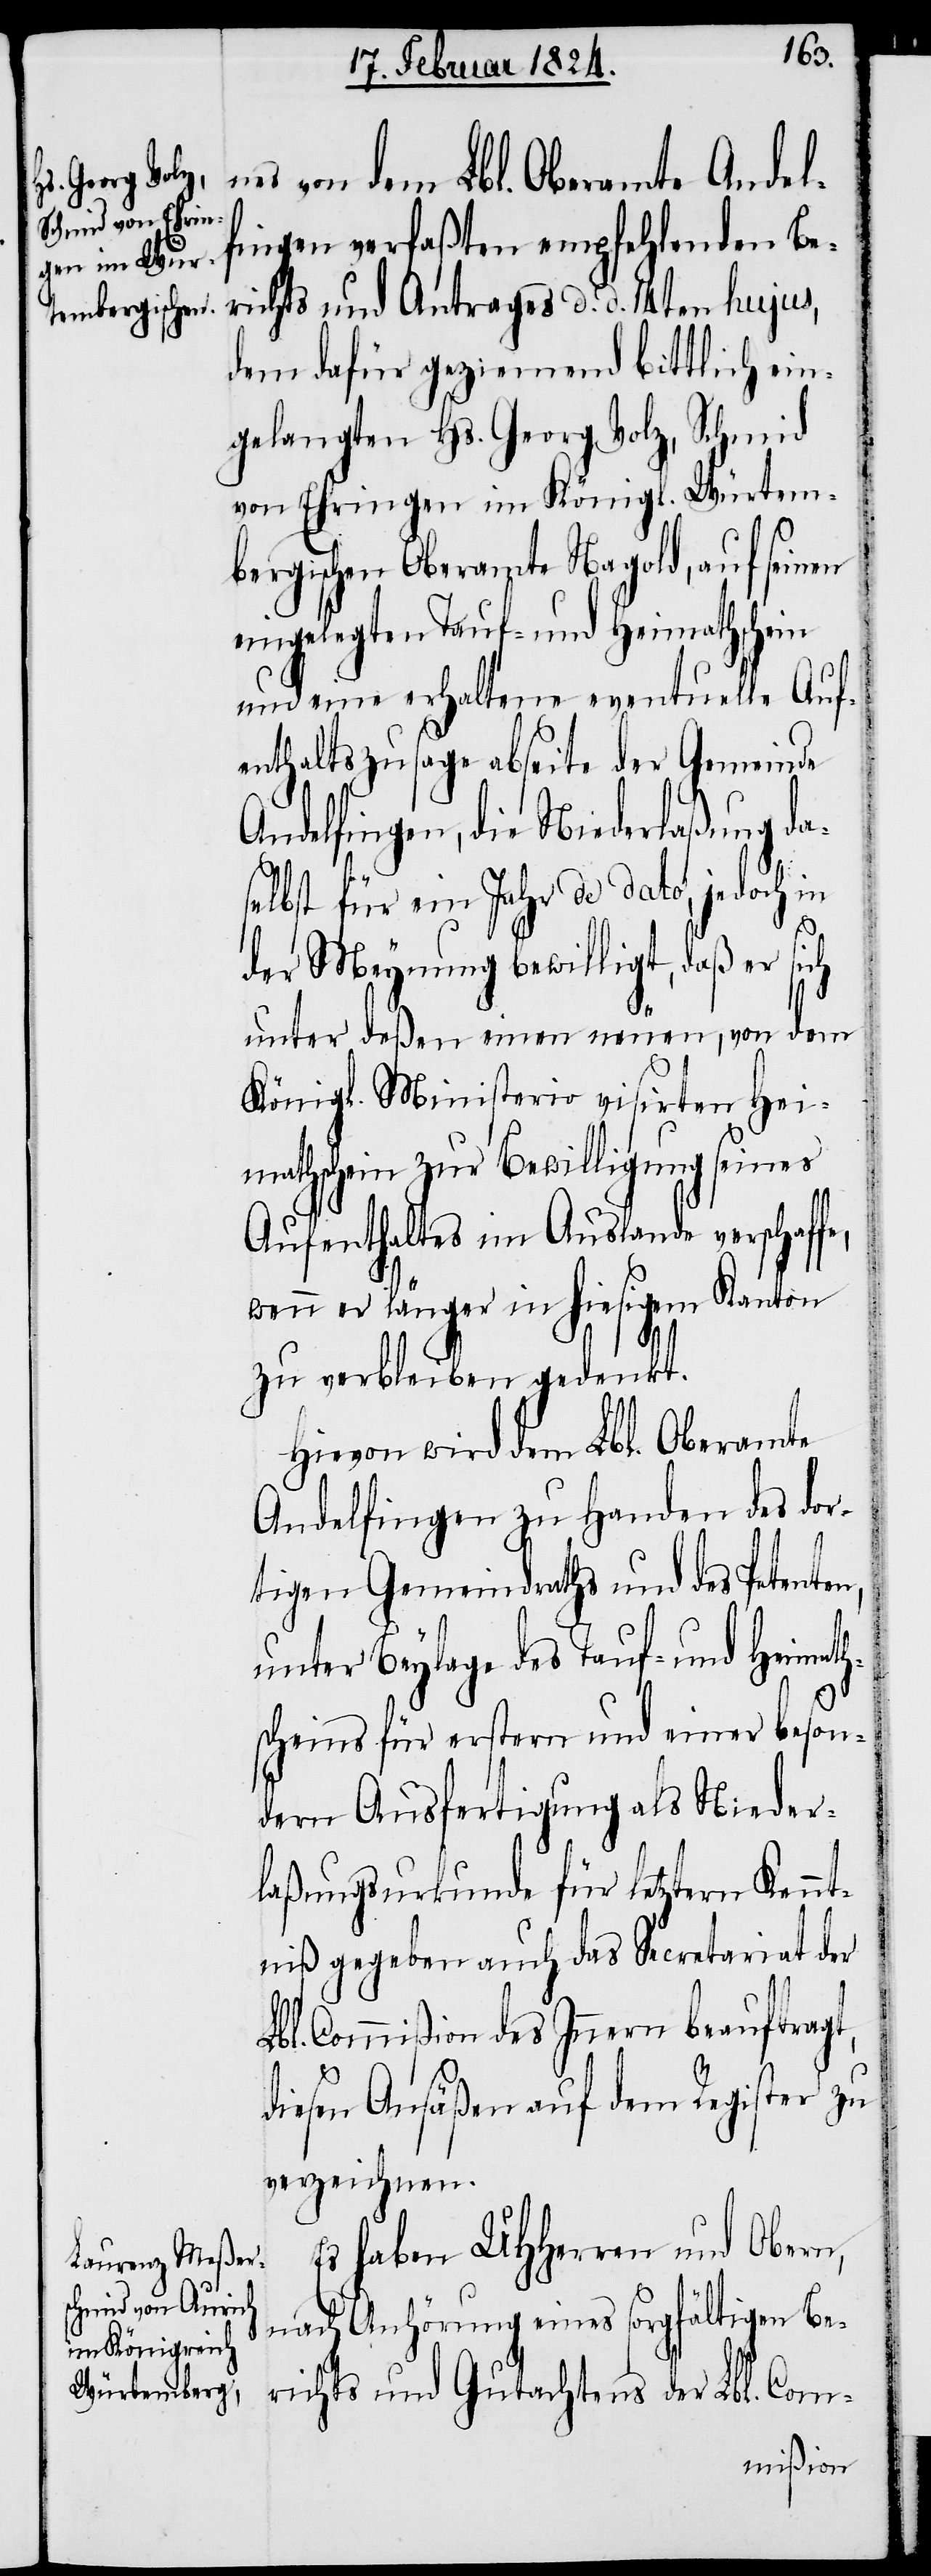
nes von dem Lbl. Oberamte Andel¬
fingen verfaßten empfehlenden Be¬
richts und Antrages d. d. 14ten hujus,
dem dafür geziemend bittlich ein¬
gelangten Hs. Georg Volz, Schmid
von Ehringen im Königl. Würtem¬
bergischen Oberamte Nagold, auf seinen
eingelegten Tauf- und Heimathschein
und eine erhaltene eventuelle Auf¬
enthaltszusage abseite der Gemeinde
Andelfingen, die Niederlaßung da¬
selbst für ein Jahr de dato, jedoch in
n,
der Meynung bewilligt, daß er sich
unter deßen einen neuen, von dem
Königl. Ministerio visirten Hei¬
mathschein zur Bewilligung seines
Aufenthaltes im Auslande verschaff¬
wenn er länger im hiesigem Kanton
zu verbleiben gedenkt.
Hievon wird dem Lbl. Oberamte
Andelfinden zu Handen des dor¬
tigen Gemeindraths und des Petente¬
unter Beylage des Tauf- und Heimat¬
hscheins für erstern und einer beson¬
dern Ausfertigung als Nieder¬
laßungsurkunde für letztern Kent¬
niß gegeben auch das Secretariat der
Lbl. Commißion des Innern beauftragt,
diesen Ansäßen auf dem Register zu
verzeichnen.
Es haben UHHerren und Obern,
nach Anhörung eines sorgfältigen Be¬
richts und Gutachtens der Lbl. Com-